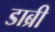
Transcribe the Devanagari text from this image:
डाब्री